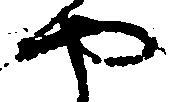
や